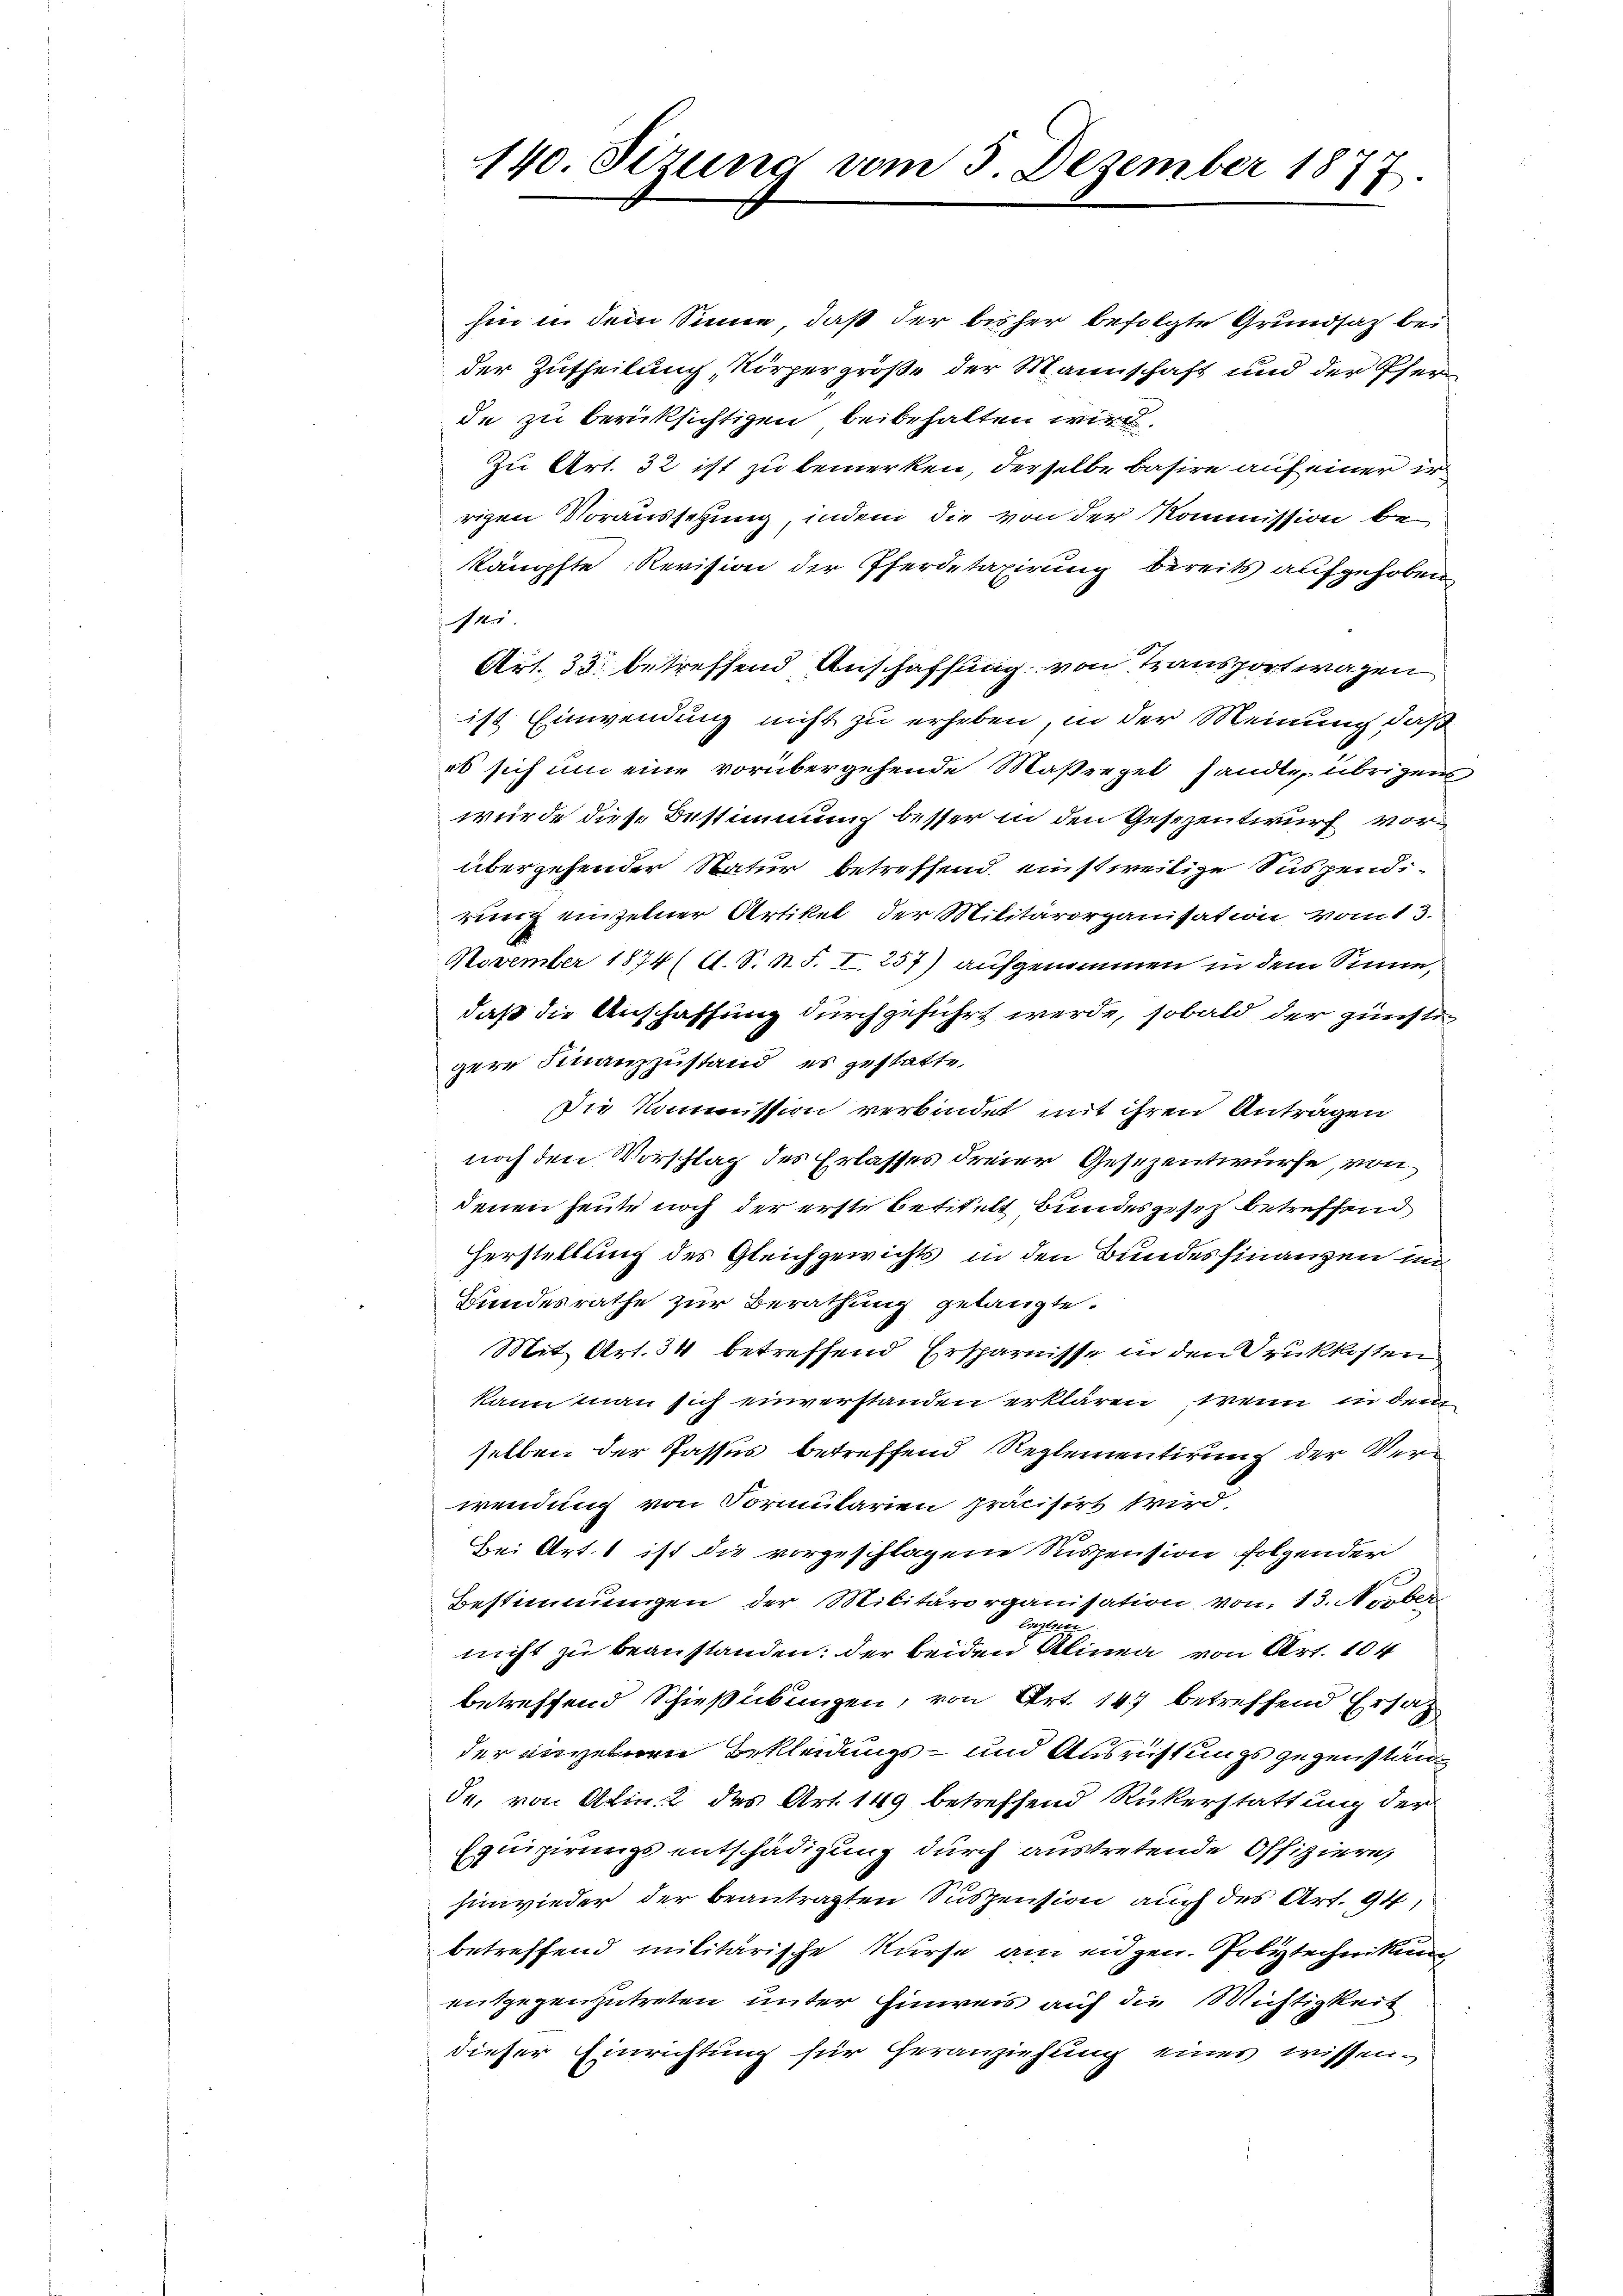
hin in dem Sinne, daß der bisher befolgte Grundsatz bei
der Zutheilung, Körpergröße der Mannschaft und der Pferde zu berücksichtigen beibehalten wird.
Zu Art. 32 ist zu bemerken, derselbe basire auf einer ir
rigen Voraussetzung, indem die von der Kommission bekämpfte Revision der Pferdetaxirung bereits aufgehoben
f
Art. 33. betreffend Anschaffung von Transportwagen
ist Einwendung nicht zu erheben, in der Meinung daß
es sich um eine vorübergehende Maßregel sandte übrigens
wurde diese Bestimmung besser in den Gesezentwurf vorübergehender Natur betreffend einstweilige Suspendirung einzelner Artikel der Militärorganisation vom 13.
November 1874 ( A. S. R. S. I. 257) aufgenommen in dem Sinne,
daß die Anschaffung durchgeführt werde, sobald der Zünftigere Finanzzustand es gestatte.
Die Kommission verbindet mit ihren Antragen
noch den Vorschlag des Erlasses dreier Gesezentwürfe, von
denen heute noch der erste Besitelt Bundesgesetz betreffend
Herstellung des Gleichgewichts in den Bundesfinanzen im
Bundesrathe zur Berathung gelangte.
Mit Art. 34 betreffend Ersparnisse in den Druckkosten
kann man sich einverstanden erklären, wenn in dem
selben der Passus betreffend Reglementirung der Verwendung von Formularien präcisirt wird.
g
Bei Art. 1 ist die vorgeschlagene Sispension folgender
Bestimmungen der Militärorganisation vom 13. Novber
Speisen
nicht zu beanstanden: der beiden Alinea von Art. 104
betreffend Schießübungen, von Art. 147 betreffend Ersatz
der anzelnen Bekleidungs- und Ausrichtungs gegenstande, von Alin. 2 des Art. 149 betreffend Rükerstattung der
Equipirungs entschädigung durch austretende Offiziere,
hinwieder der beantragten Suspension auch des Art. 94,
betreffend militärische Kurse am eidgen. Polytechnikum
entgegenzutreten unter Einweis auf die Michtigkeit
dieser Einrichtung für heranziehung eines wissen-

140. Sizung vom 3. Dezember 1877.